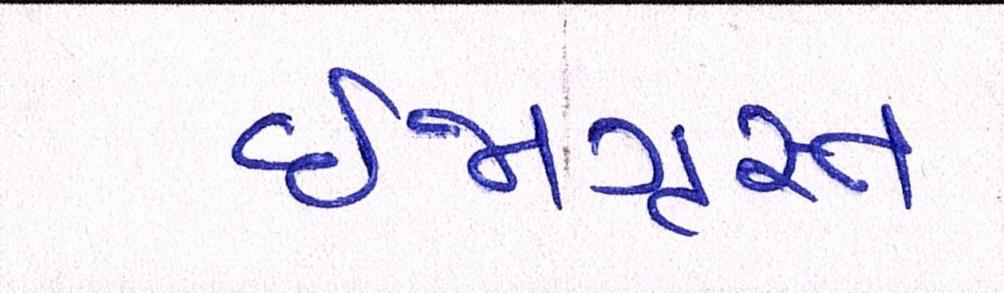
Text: ઈજાગ્રસ્ત